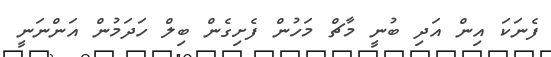
ފެނަކަ އިން އަދި ބުނީ މާޗް މަހުން ފެށިގެން ބިލް ހަދަމުން އަންނަނީ